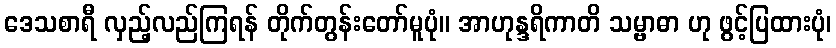
ဒေသစာရီ လှည့်လည်ကြရန် တိုက်တွန်းတော်မူပုံ။ အာဟုန္ဒရိကာတိ သမ္ဗာဓာ ဟု ဖွင့်ပြထားပုံ၊